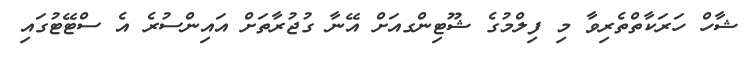
ޝާހް ހަރަކާތްތެރިވާ މި ފިލްމުގެ ޝޫޓިންގއަށް އޭނާ ގުޖުރާތަށް އައިންސުރެ އެ ސްޓޭޓުގައި